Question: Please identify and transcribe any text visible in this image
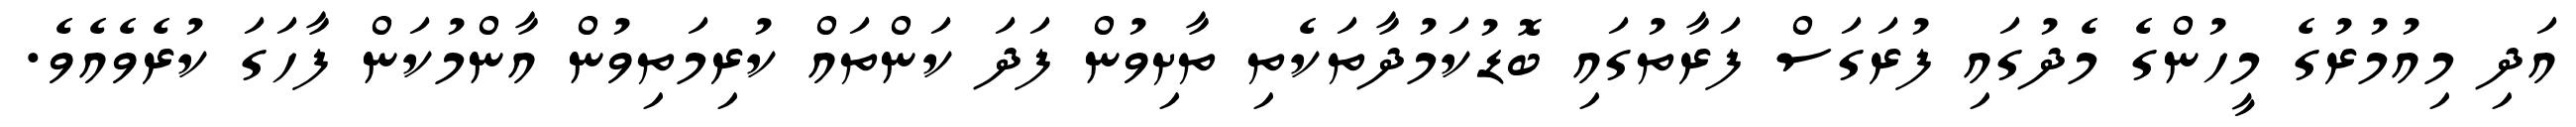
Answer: އަދި މިއުމުރުގެ މީހުންގެ މެދުގައި ފުރަގަސް ފަރާތުގައި ބޮޑުކަމުދާތަކެތި ތާށިވުން ފަދަ ކަންތައް ކުރިމަތިވުން އާންމުކަން ފާހަގަ ކުރެވެއެވެ.